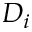
D _ { i }